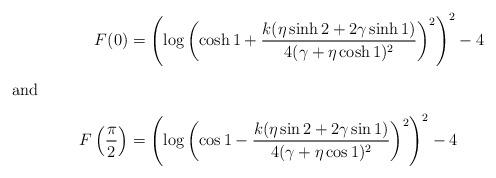
LaTeX: \begin{align*}F(0)&= \left(\log \left(\cosh 1 + \frac{ k (\eta \sinh 2 + 2 \gamma \sinh 1)}{4 (\gamma + \eta \cosh 1)^2}\right)^2\right)^2-4 \intertext{and}F\left(\frac{\pi}{2}\right) &= \left(\log \left(\cos 1 - \frac{ k(\eta \sin 2 + 2 \gamma \sin 1)}{4 ( \gamma +\eta \cos 1 )^{2}}\right)^2\right)^2-4\end{align*}